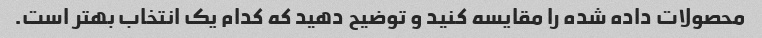
محصولات داده شده را مقایسه کنید و توضیح دهید که کدام یک انتخاب بهتر است.